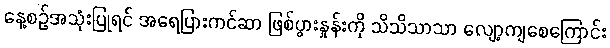
နေ့စဉ်အသုံးပြုရင် အရေပြားကင်ဆာ ဖြစ်ပွားနှုန်းကို သိသိသာသာ လျော့ကျစေကြောင်း